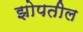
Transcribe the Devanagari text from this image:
झोपतील